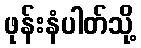
ဖုန်းနံပါတ်သို့